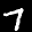
Label: 7